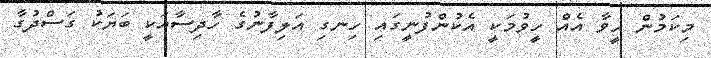
މިކަމުން ހީވާ އެއް ހީވުމަކީ އެކުންފުނީގައި ހިނގި އަލިފާނުގެ ހާދިސާއަކީ ބަޔަކު ގަސްދުގާ